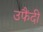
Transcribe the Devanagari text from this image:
उफैंदी